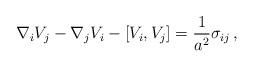
LaTeX: \begin{align*}\nabla_{i}V_{j}-\nabla_{j}V_{i}-[V_{i},V_{j}] =\frac{1}{a^{2}}\sigma_{ij}\, ,\end{align*}